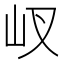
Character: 𡵌